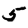
Digit: 5